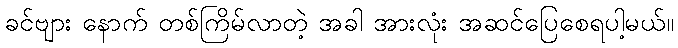
ခင်ဗျား နောက် တစ်ကြိမ်လာတဲ့ အခါ အားလုံး အဆင်ပြေစေရပါ့မယ်။